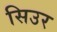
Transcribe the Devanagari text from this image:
सिउर